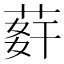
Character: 䓸